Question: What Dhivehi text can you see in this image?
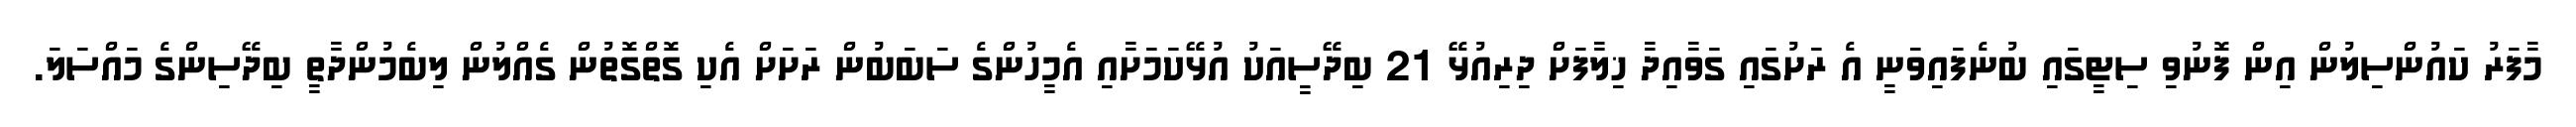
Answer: މާފަރު ކައުންސިލުން އިން ފޮނުވި ސިޓީގައި ބުނެފައިވަނީ އެ ރަށުގައި ގަވާއިދާ ޚިލާފަށް ދިރިއުޅޭ 21 ބިދޭސީއަކު އުޅޭކަމަށާއި އެމީހުންގެ ސަބަބުން ރަށަށް އެކި ގޮތްގޮތުން ގެއްލުން ލިބެމުންދާތީ ބިދޭސިންގެ މައްސަލަ.